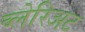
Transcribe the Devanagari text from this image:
ब्लेरिअट